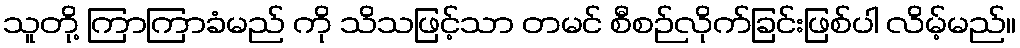
သူတို့ ကြာကြာခံမည် ကို သိသဖြင့်သာ တမင် စီစဉ်လိုက်ခြင်းဖြစ်ပါ လိမ့်မည်။